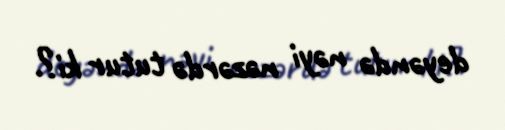
deyəndə nəyi nəzərdə tutur ki?.